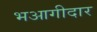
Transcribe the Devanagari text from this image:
भआगीदार